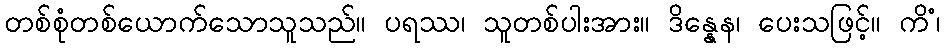
တစ်စုံတစ်ယောက်သောသူသည်။ ပရဿ၊ သူတစ်ပါးအား။ ဒိန္နေန၊ ပေးသဖြင့်။ ကိံ၊